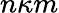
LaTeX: n\kappa m